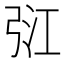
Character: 𢏠